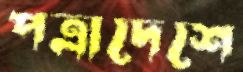
পত্রাদেশে